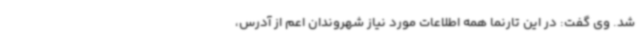
شد. وی گفت: در این تارنما همه اطلاعات مورد نیاز شهروندان اعم از آدرس،